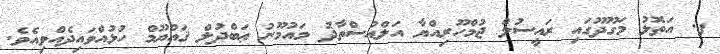
ފ. އަތޮޅު މަގޫދޫގައި ރައީސުލް ޖުމްހޫރިއްޔާ އަލްއުސްތާޛު މައުމޫނު ޢަބްދުލް ޤައްޔޫމް ހުޅުއްވައިދެއްވިއެވެ.